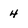
Character: 4